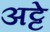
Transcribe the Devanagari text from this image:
अट्टे